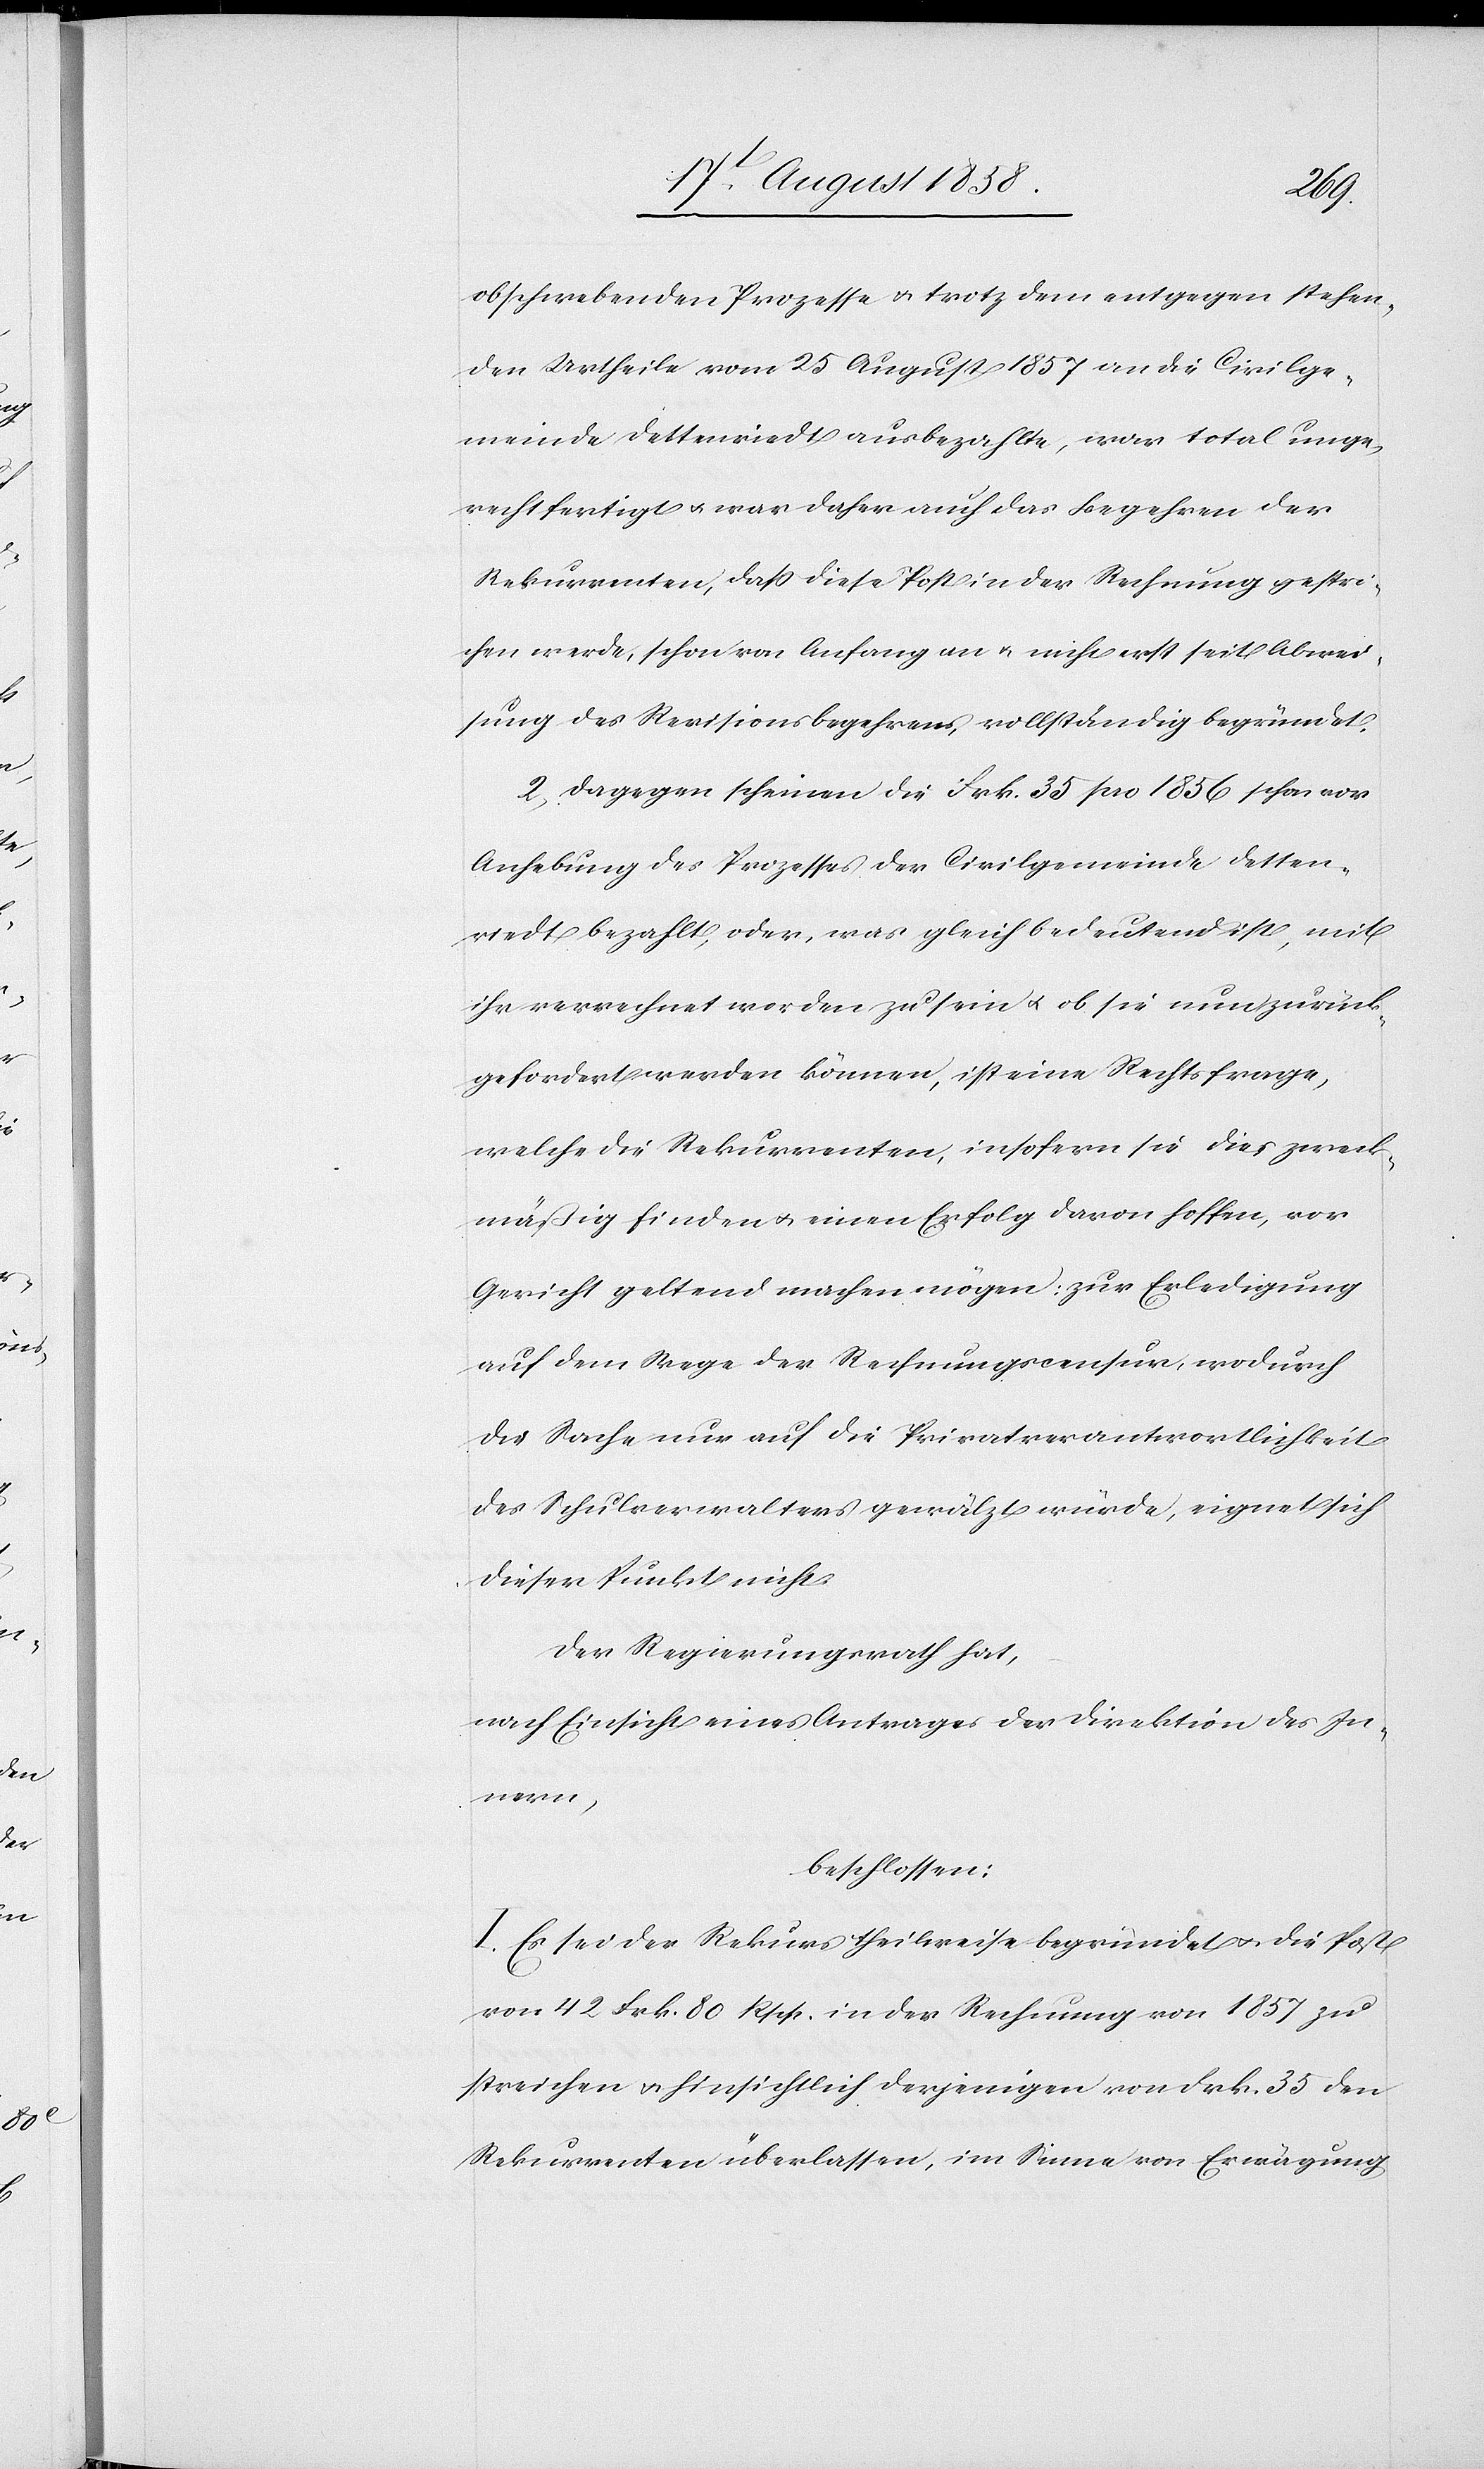
obschwebenden Prozesse & trotz dem entgegen stehen¬
den Urtheile vom 25 August 1857 an die Civilge¬
meinde Dettenriedt ausbezahlte, war total unge¬
rechtfertigt & war daher auch das Begehren der
Rekurrenten, dass diese Post in der Rechnung gestri¬
chen werde, schon von Anfang an & nicht erst seit Abwei¬
sung des Revisionsbegehrens, vollständig begründet.
2) Dagegen scheinen die Frk. 35 pro 1856 schon vor
Anhebung des Prozesses der Civilgemeinde Detten¬
riedt bezahlt, oder, was gleichbedeutend ist, mit
ihr verrechnet worden zu sein & ob sie nun zurück¬
gefordert werden können, ist eine Rechtsfrage,
welche die Rekurrenten, insofern sie dies zweck¬
mäßig finden & einen Erfolg davon hoffen, vor
Gericht geltend machen mögen: zur Erledigung
auf dem Wege der Rechnungscensur, wodurch
die Sache nur auf die Privatverantwortlichkeit
des Schulverwalters gewälzt würde, eignet sich
dieser Punkt nicht.
Der Regierungsrath hat,
nach Einsicht eines Antrages der Direktion des In¬
nern,
beschlossen:
I. Es sei der Rekurs theilweise begründet & die Post
von 42 Frk. 80 Rpp. in der Rechnung von 1857 zu
streichen & hinsichtlich derjenigen von Frk. 35 den
Rekurrenten überlassen, im Sinne von Erwägung